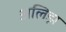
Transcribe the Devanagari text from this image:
अलिझ